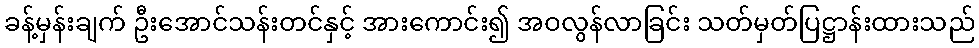
ခန့်မှန်းချက် ဦးအောင်သန်းတင်နှင့် အားကောင်း၍ အဝလွန်လာခြင်း သတ်မှတ်ပြဋ္ဌာန်းထားသည်